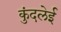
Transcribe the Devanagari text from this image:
कुंदलेई